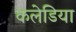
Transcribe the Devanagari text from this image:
कलेडिया